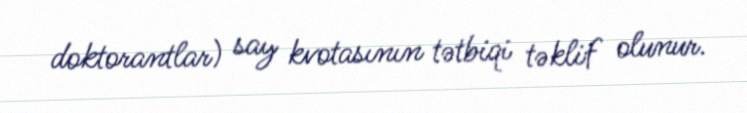
doktorantlar) say kvotasının tətbiqi təklif olunur.